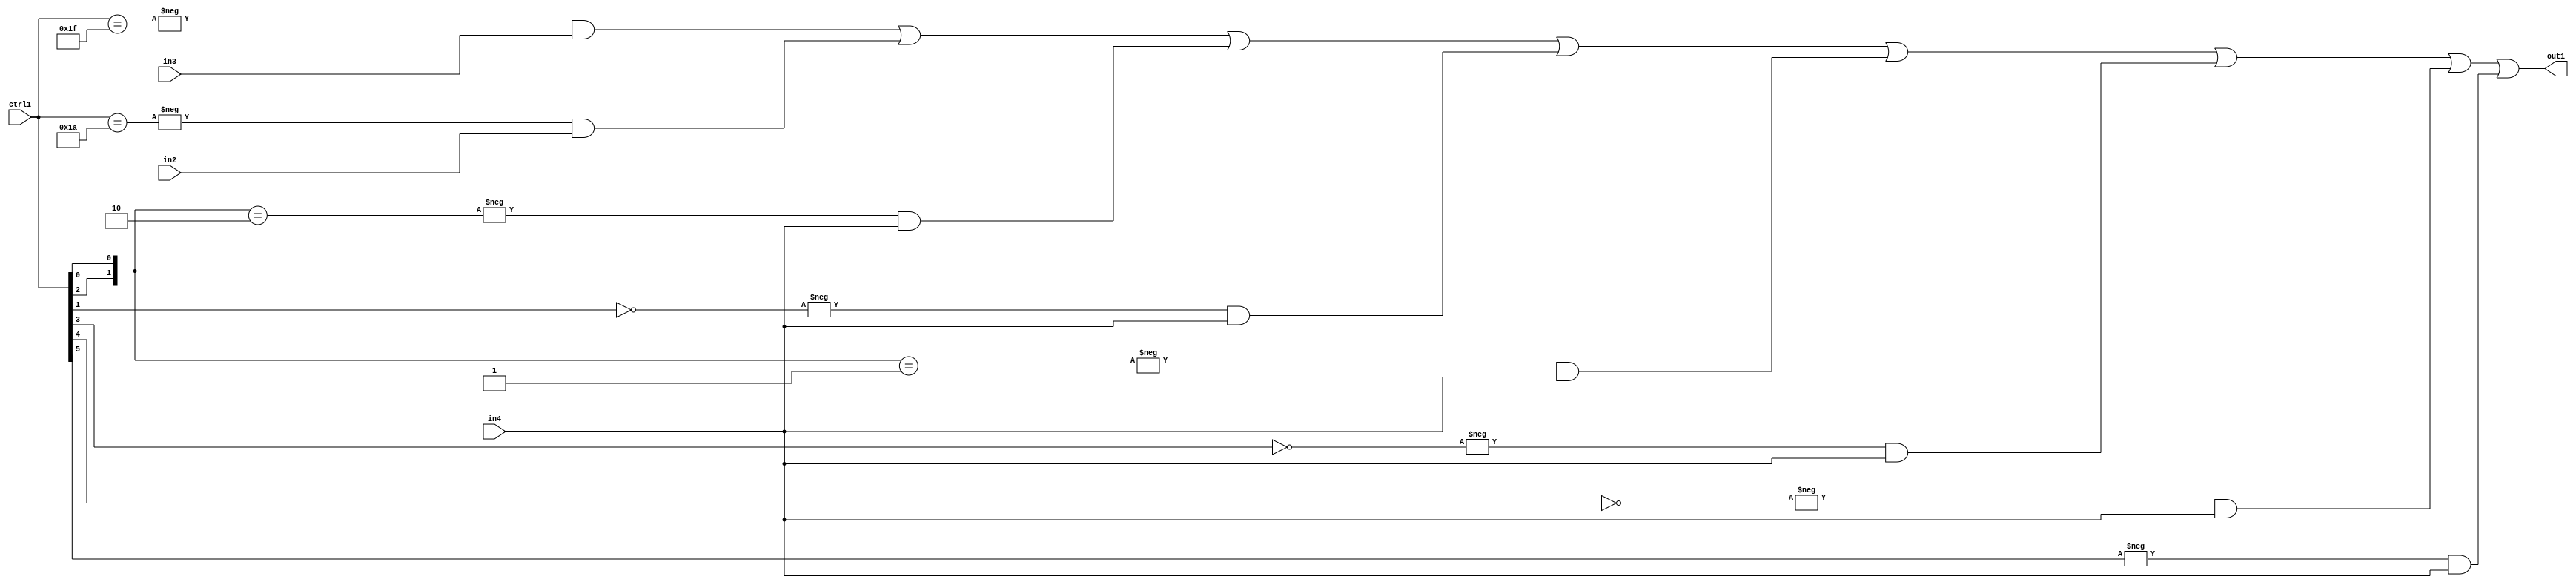
`timescale 1ps / 1ps
/*****************************************************************************
    Verilog RTL Description
    
    
    Created by: Stratus DpOpt 21.05.01 
*******************************************************************************/

module SobelFilter_N_Mux_32_3_71_1 (
	in4,
	in3,
	in2,
	ctrl1,
	out1
	); /* architecture "behavioural" */ 
input [31:0] in4;
input [8:0] in3,
	in2;
input [5:0] ctrl1;
output [31:0] out1;
wire [31:0] asc001;

assign asc001 = 
	-{ctrl1 == 6'B011111} & in3 |
	-{ctrl1 == 6'B011010} & in2 |
	-{{ctrl1[2], ctrl1[0]} == 2'B10} & in4 |
	-{ctrl1[1] == 1'B0} & in4 |
	-{{ctrl1[2], ctrl1[0]} == 2'B01} & in4 |
	-{ctrl1[3] == 1'B0} & in4 |
	-{ctrl1[4] == 1'B0} & in4 |
	-{ctrl1[5] == 1'B1} & in4 ;

assign out1 = asc001;
endmodule

/* CADENCE  vrDzSQg= : u9/ySxbfrwZIxEzHVQQV8Q== ** DO NOT EDIT THIS LINE ******/